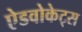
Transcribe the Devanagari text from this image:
ऐडवोकेट्स